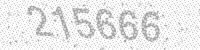
Solution: 215666